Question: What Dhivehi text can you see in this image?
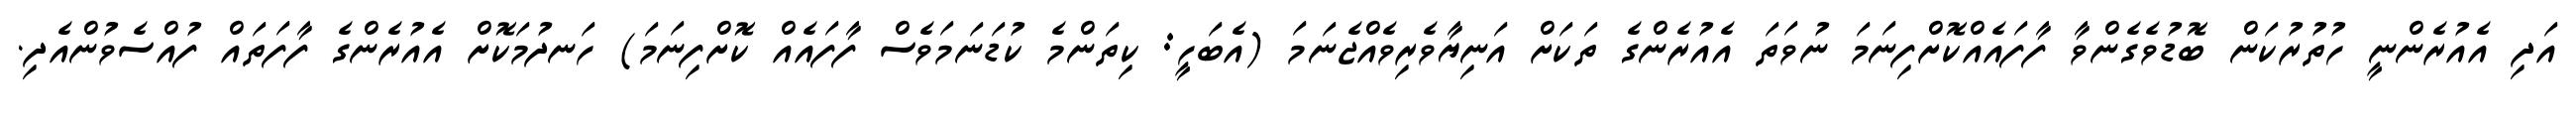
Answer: އަދި އެއުރެންނީ ހުތުރުކަން ބޮޑުވެގެންވާ ފާފައެއްކޮށްފިނަމަ ނުވަތަ އެއުރެންގެ ތަކަށް އަނިޔާވެރިވެއްޖެނަމަ (އެބަހީ: ކިތަންމެ ކުޑަނަމަވެސް ފާފައެއް ކޮށްފިނަމަ) ހަނދުމަކޮށް އެއުރެންގެ ފާފަތައް ފުއްސެވުންއެދި.